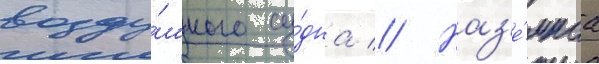
возду́шного су́дна // Наз'е́мнаа